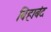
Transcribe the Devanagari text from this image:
बिहाबंद